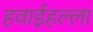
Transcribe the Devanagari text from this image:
हवाईहल्ला